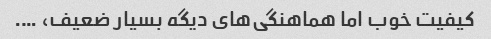
کیفیت خوب اما هماهنگی‌های دیگه بسیار ضعیف، ….